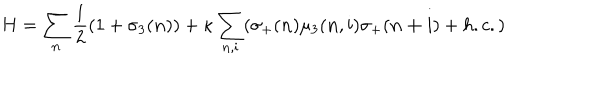
LaTeX: H = \sum _ { \bf n } \frac { 1 } { 2 } ( 1 + \sigma _ { 3 } ( { \bf n } ) ) + \kappa \sum _ { { \bf n } , { \bf i } } ( \sigma _ { + } ( { \bf n } ) \mu _ { 3 } ( { \bf n } , { \bf i } ) \sigma _ { + } ( { \bf n + i } ) + h . c . )